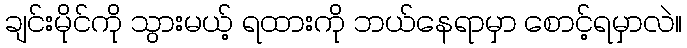
ချင်းမိုင်ကို သွားမယ့် ရထားကို ဘယ်နေရာမှာ စောင့်ရမှာလဲ။